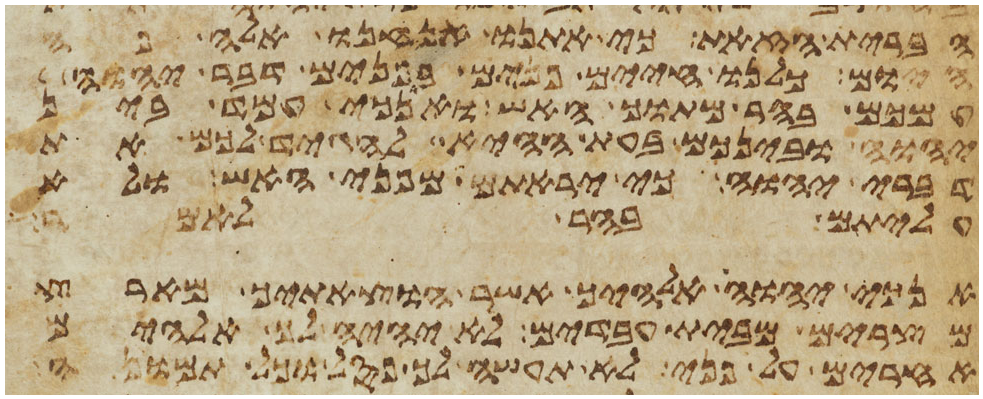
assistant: הברית הזאת כי אתנו אנחנו אלה פה
היום כלנו חיים פנים בפנים דבר יהוה
עמכם בהר מתוך האש ואנכי עמד בין
יהוה ובינכם בעת ההיא להגיד לכם את
דברי יהוה כי יראתם מפני האש ולא
עליתם בהר לאמר
אנכי יהוה אלהיך אשר הוצאתיך מארץ
מצרים מבית עבדים לא יהיה לך אלהים
אחרים על פני לא תעשה לך פסל וכל תמונה